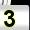
Digit: 3